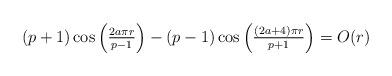
LaTeX: \begin{align*}\textstyle{(p+1)\cos\left(\frac{2a\pi r}{p-1}\right) - (p-1)\cos\left(\frac{(2a+4)\pi r}{p+1}\right) = O(r)}\end{align*}